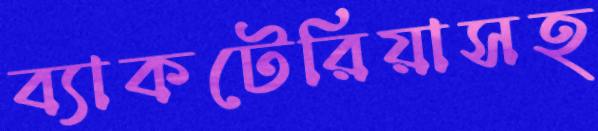
ব্যাকটেরিয়াসহ